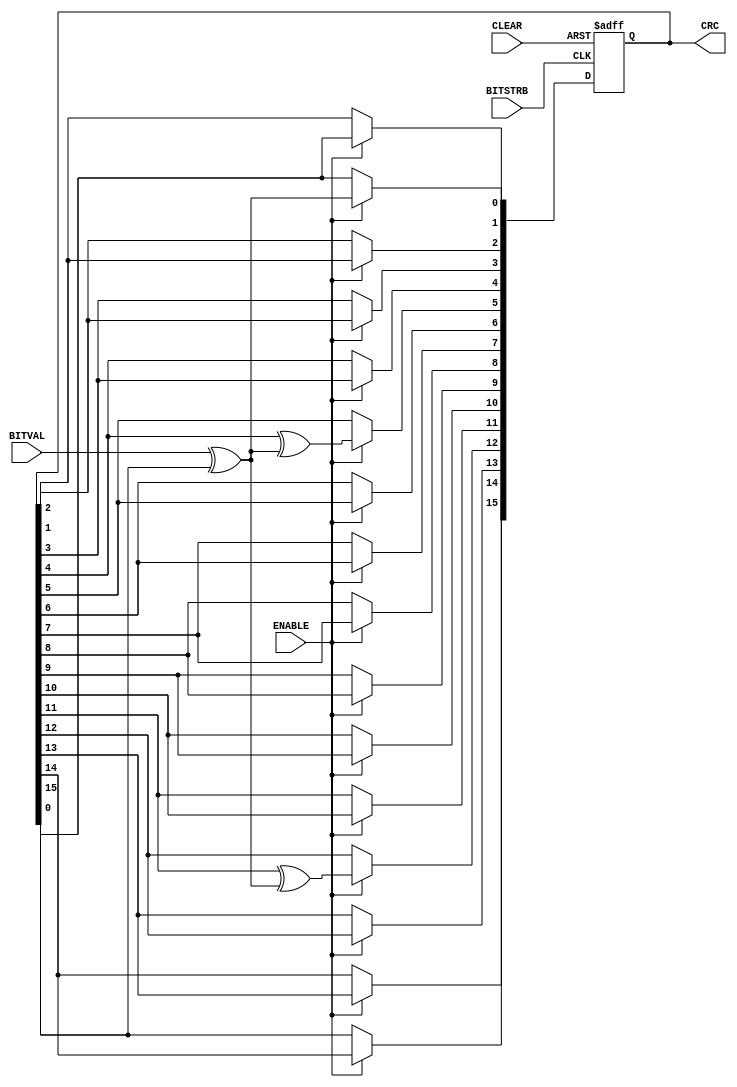
// ==========================================================================
// CRC Generation Unit - Linear Feedback Shift Register implementation
// (c) Kay Gorontzi, GHSi.de, distributed under the terms of LGPL
// ==========================================================================
module sd_crc_16(BITVAL, ENABLE, BITSTRB, CLEAR, CRC);
   input        BITVAL;                            // Next input bit
   input        ENABLE;                            // Enable calculation
   input        BITSTRB;                           // Current bit valid (Clock)
   input        CLEAR;                             // Init CRC value
   output [15:0] CRC;                               // Current output CRC value

   reg    [15:0] CRC;                               // We need output registers
   wire         inv;
   
   assign inv = BITVAL ^ CRC[15];                   // XOR required?
   
   always @(posedge BITSTRB or posedge CLEAR) begin
      if (CLEAR) begin
         CRC <= 0;                                  // Init before calculation
         end
      else begin
         if (ENABLE == 1) begin
             CRC[15] <= CRC[14];
             CRC[14] <= CRC[13];
             CRC[13] <= CRC[12];
             CRC[12] <= CRC[11] ^ inv;
             CRC[11] <= CRC[10];
             CRC[10] <= CRC[9];
             CRC[9] <= CRC[8];
             CRC[8] <= CRC[7];
             CRC[7] <= CRC[6];
             CRC[6] <= CRC[5];
             CRC[5] <= CRC[4] ^ inv;
             CRC[4] <= CRC[3];
             CRC[3] <= CRC[2];
             CRC[2] <= CRC[1];
             CRC[1] <= CRC[0];
             CRC[0] <= inv;
             end
         end
      end
   
endmodule